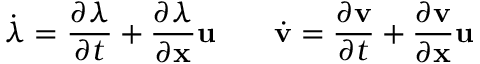
\dot { \lambda } = \frac { \partial \lambda } { \partial t } + \frac { \partial \lambda } { \partial \mathbf { x } } \mathbf { u } \qquad \dot { \mathbf { v } } = \frac { \partial \mathbf { v } } { \partial t } + \frac { \partial \mathbf { v } } { \partial \mathbf { x } } \mathbf { u }